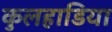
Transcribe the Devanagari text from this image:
कुलहाडिया